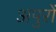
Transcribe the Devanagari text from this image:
अपुरों